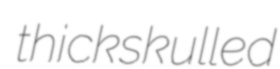
thickskulled